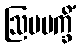
ဩပပက္ခိံ